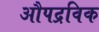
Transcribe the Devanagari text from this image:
औपद्रविक